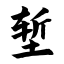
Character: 堑